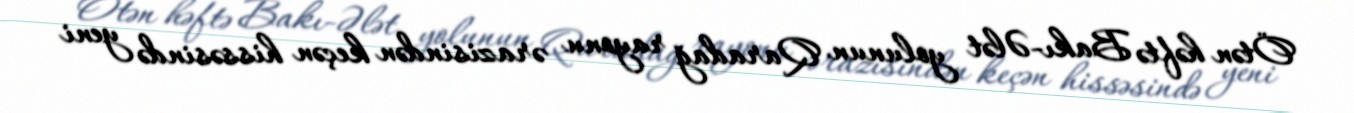
Ötən həftə Bakı-Ələt yolunun Qaradağ rayonu ərazisindən keçən hissəsində yeni